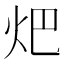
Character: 𤆵